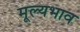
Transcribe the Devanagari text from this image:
मूल्यभाव